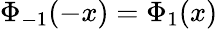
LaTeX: \Phi_{-1}(-x)=\Phi_{1}(x)